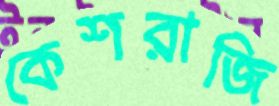
কেশরাজি